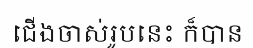
ជើងចាស់រូបនេះ ក៏បាន